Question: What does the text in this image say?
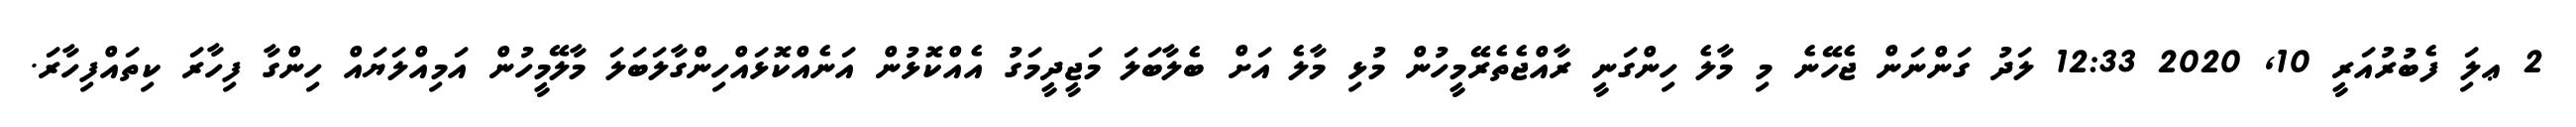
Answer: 2 ޢލަި ފެބުރުއަރީ 10, 2020 12:33 ލަދު ގަންނަން ޖެހޭނެ މި މާލެ ހިންގަނީ ރާއްޖެތެރޭމީހުން މުޅި މާލެ އަށް ބެލާބަލަ މަޖީދީމަގު އެއްކޮޅުން އަނެއްކޮޅައްހިންގާލަބަލަ މާލޭމީހުން އަމިއްލަޔައް ހިންގާ ފިހާރަ ކިތައްފިހާރަ.